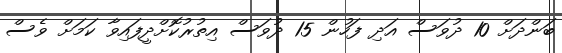
ބަންދަށް 10 ދުވަސް އަދި ފަހުން 15 ދުވަސް އިތުރުކޮށްދީފައިވާ ކަމަށް ވެސް